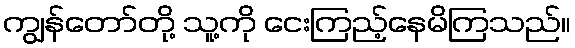
ကျွန်တော်တို့ သူ့ကို ငေးကြည့်နေမိကြသည်။